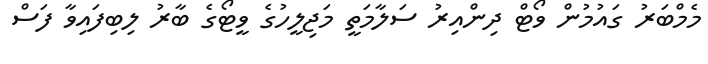
މެމްބަރު ގައުމުން ވޯޓް ދިންއިރު ސަލާމަތީ މަޖިލީހުގެ ވީޓޯގެ ބާރު ލިބިފައިވާ ފަސް